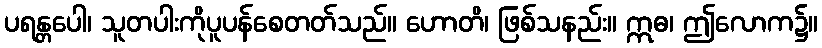
ပရန္တပေါ၊ သူတပါးကိုပူပန်စေတတ်သည်။ ဟောတိ၊ ဖြစ်သနည်း။ ဣဓ၊ ဤလောက၌။